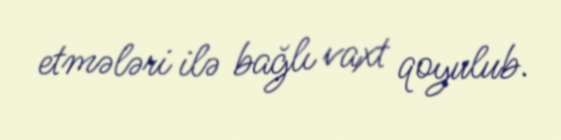
etmələri ilə bağlı vaxt qoyulub.